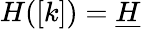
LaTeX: H([k])=\underline{{{H}}}